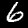
Label: 6